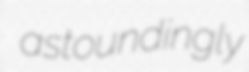
astoundingly